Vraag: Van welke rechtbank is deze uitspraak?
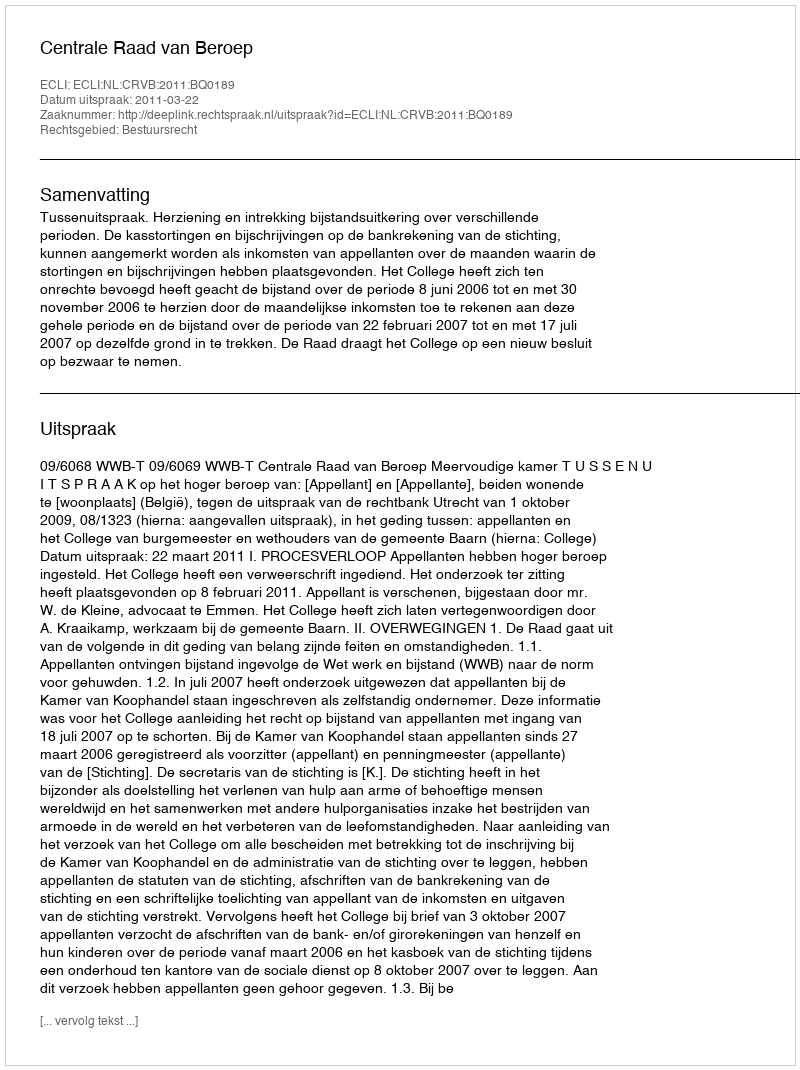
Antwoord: Centrale Raad van Beroep